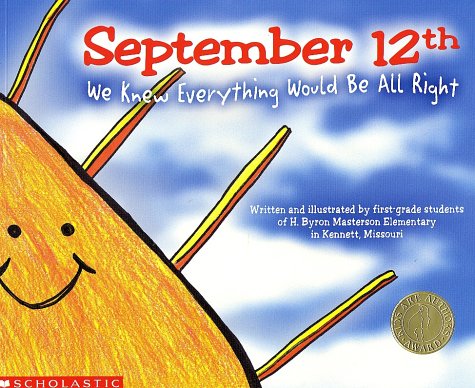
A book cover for September 12th: We Knew Everything Would Be All Right; Masterson Elementary Students; Children's Books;